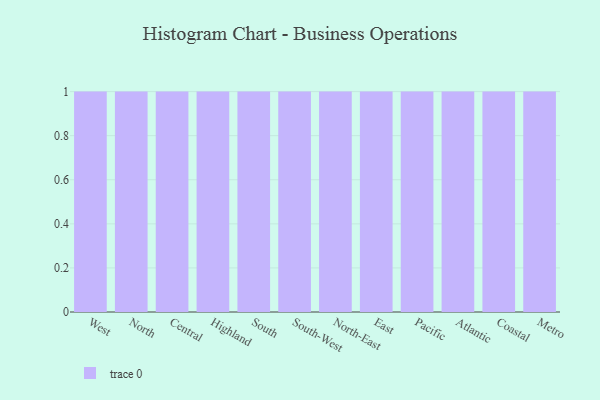
{"axis": {"x": "Region", "y": "Humidity (%)"}, "legend": [""], "data": [{"x": "West", "y": 16, "type": ""}, {"x": "North", "y": 47, "type": ""}, {"x": "Central", "y": 40, "type": ""}, {"x": "Highland", "y": 93, "type": ""}, {"x": "South", "y": 81, "type": ""}, {"x": "South-West", "y": 5, "type": ""}, {"x": "North-East", "y": 36, "type": ""}, {"x": "East", "y": 2, "type": ""}, {"x": "Pacific", "y": 50, "type": ""}, {"x": "Atlantic", "y": 74, "type": ""}, {"x": "Coastal", "y": 73, "type": ""}, {"x": "Metro", "y": 55, "type": ""}]}